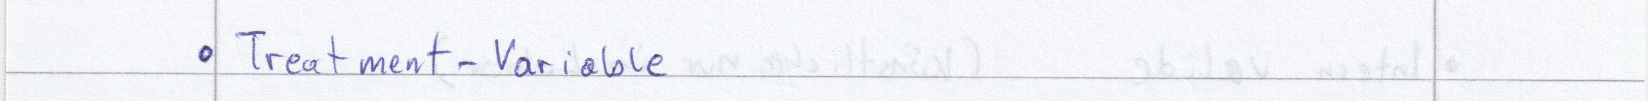
Treatment-Variable